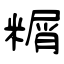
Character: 糏